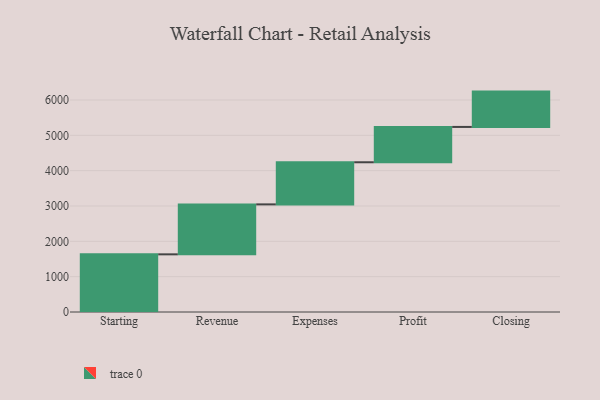
{"axis": {"x": "Step", "y": "Value"}, "legend": [""], "data": [{"x": "Starting", "y": 1632.0, "type": ""}, {"x": "Revenue", "y": 1414.0, "type": ""}, {"x": "Expenses", "y": 1192.0, "type": ""}, {"x": "Profit", "y": 1000, "type": ""}, {"x": "Closing", "y": 1000, "type": ""}]}